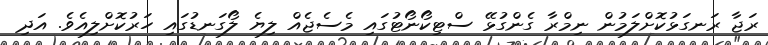
ރަޖާ ރަނގަޅުކޮށްލަމުން ނިމްރާ ގެންގުޅޭ ސްޓިކޯނޯޓުގައި މެސެޖެއް ލިޔެ ލޯގަނޑުގައި ހަރުކޮށްލިއެވެ. އަދި